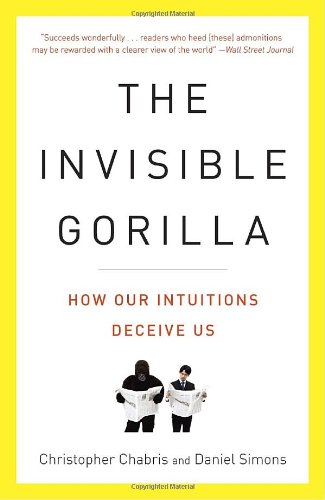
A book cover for The Invisible Gorilla: How Our Intuitions Deceive Us; Christopher Chabris; Medical Books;